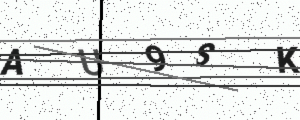
Text: AU9SK